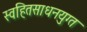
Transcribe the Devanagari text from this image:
स्वहितसाधनयुग्त